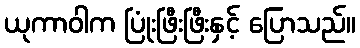
ယုကာဝါက ပြုံးဖြီးဖြီးနှင့် ပြောသည်။